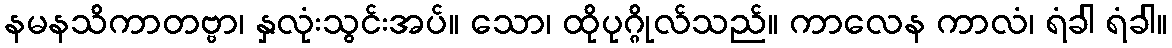
နမနသိကာတဗ္ဗာ၊ နှလုံးသွင်းအပ်။ သော၊ ထိုပုဂ္ဂိုလ်သည်။ ကာလေန ကာလံ၊ ရံခါ ရံခါ။